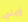
لإبني